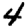
Digit: 4